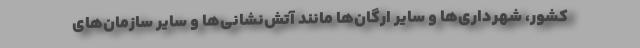
کشور، شهرداری‌ها و سایر ارگان‌ها مانند آتش‌نشانی‌ها و سایر سازمان‌های